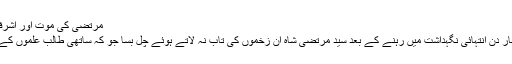
مرتضیٰ کی موت اور اشرفیہ کا تشدد | Tanqeed
بارہ فروری 2015 کو چار دن انتہائی نگہداشت میں رہنے کے بعد سید مرتضیٰ شاہ ان زخموں کی تاب نہ لاتے ہوئے چل بسا جو کہ ساتھی طالبِ علموں کے ساتھ جھگڑے میں لگے۔